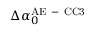
\Delta \alpha _ { 0 } ^ { \mathrm { A E \mathrm { ~ - ~ } C C 3 } }